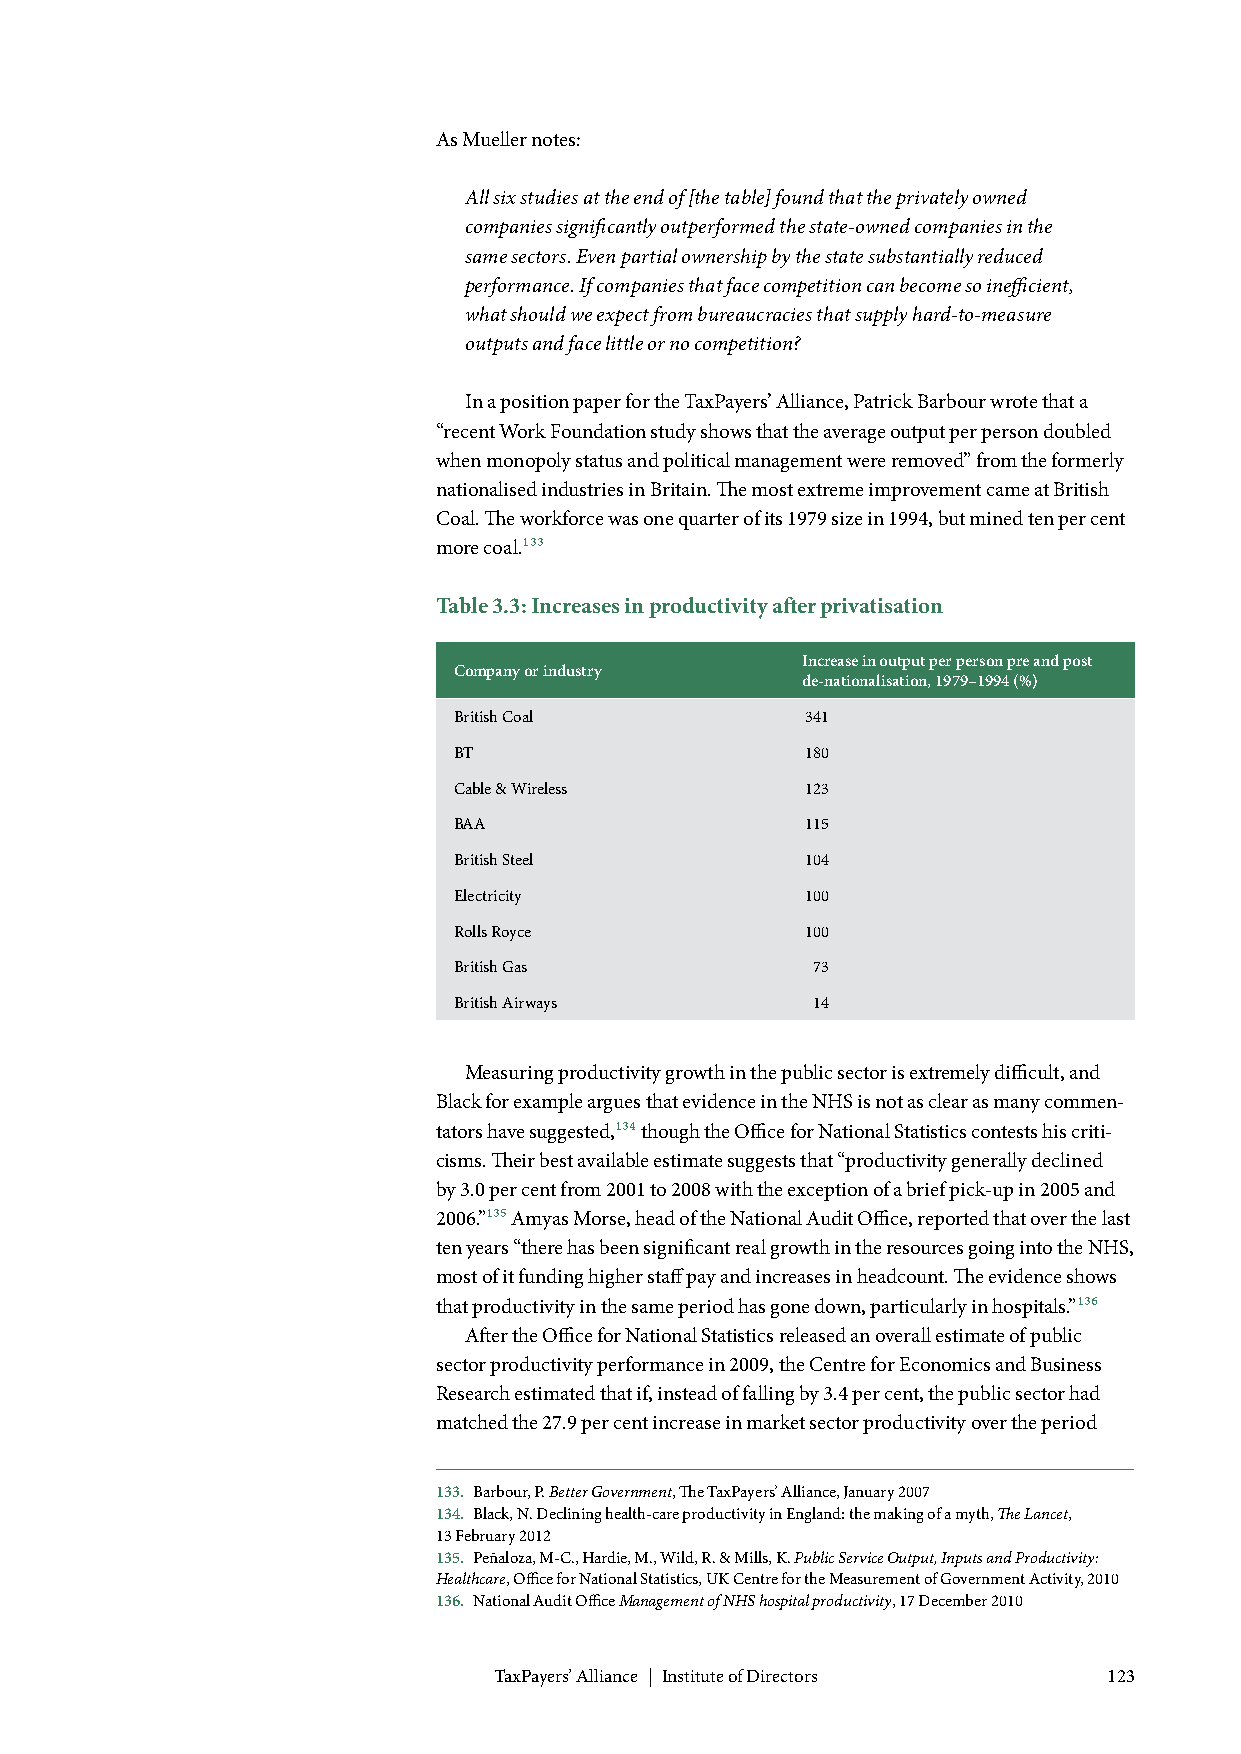
As Mueller notes:
 All six studies at the end of [the table] found that the privately owned
 companies significantly outperformed the state-owned companies in the
 same sectors. Even partial ownership by the state substantially reduced
 performance. If companies that face competition can become so inefficient,
 what should we expect from bureaucracies that supply hard-to-measure
 outputs and face little or no competition?
 In a position paper for the TaxPayers’ Alliance, Patrick Barbour wrote that a
 “recent Work Foundation study shows that the average output per person doubled
 when monopoly status and political management were removed” from the formerly
 nationalised industries in Britain. The most extreme improvement came at British
 Coal. The workforce was one quarter of its 1979 size in 1994, but mined ten per cent
 more coal.133
 Table 3.3: Increases in productivity after privatisation
 Increase in output per person pre and post
 Company or industry
 de-nationalisation, 1979–1994 (%)
 British Coal           341
 BT                     180
 Cable & Wireless       123
 BAA                    115
 British Steel          104
 Electricity            100
 Rolls Royce            100
 British Gas             73
 British Airways         14
 Measuring productivity growth in the public sector is extremely difficult, and
 Black for example argues that evidence in the NHS is not as clear as many commen-
 tators have suggested,134 though the Office for National Statistics contests his criti-
 cisms. Their best available estimate suggests that “productivity generally declined
 by 3.0 per cent from 2001 to 2008 with the exception of a brief pick-up in 2005 and
 2006.”135 Amyas Morse, head of the National Audit Office, reported that over the last
 ten years “there has been significant real growth in the resources going into the NHS,
 most of it funding higher staff pay and increases in headcount. The evidence shows
 that productivity in the same period has gone down, particularly in hospitals.”136
 After the Office for National Statistics released an overall estimate of public
 sector productivity performance in 2009, the Centre for Economics and Business
 Research estimated that if, instead of falling by 3.4 per cent, the public sector had
 matched the 27.9 per cent increase in market sector productivity over the period
 133. Barbour, P. Better Government, The TaxPayers’ Alliance, January 2007
 134. Black, N. Declining health-care productivity in England: the making of a myth, The Lancet,
 13 February 2012
 135. Peñaloza, M-C., Hardie, M., Wild, R. & Mills, K. Public Service Output, Inputs and Productivity:
 Healthcare, Office for National Statistics, UK Centre for the Measurement of Government Activity, 2010
 136. National Audit Office Management of NHS hospital productivity, 17 December 2010
 TaxPayers’ Alliance | Institute of Directors 123